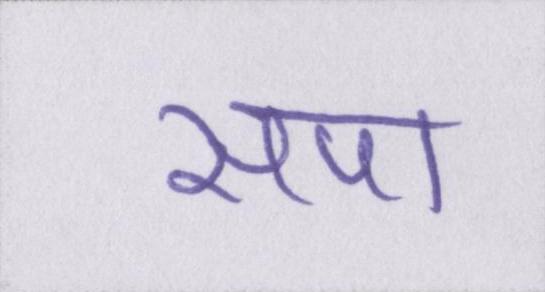
सपा